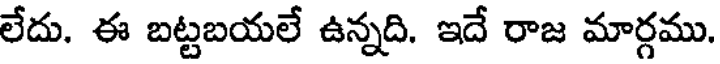
లేదు. ఈ బట్టబయలే ఉన్నది. ఇదే రాజ మార్గము.